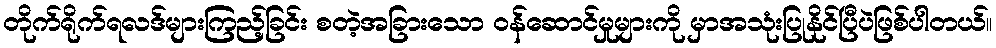
တိုက်ရိုက်ရလဒ်များကြည့်ခြင်း စတဲ့အခြားသော ဝန်ဆောင်မှုများကို မှာအသုံးပြုနိုင်ပြီပဲဖြစ်ပါတယ်။